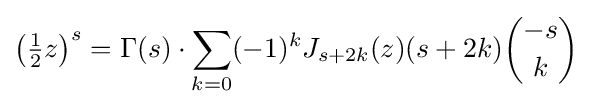
\left({\tfrac {1}{2}}z\right)^{s}=\Gamma (s)\cdot \sum _{k=0}(-1)^{k}J_{s+2k}(z)(s+2k){-s \choose k}